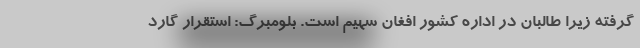
گرفته زیرا طالبان در اداره کشور افغان سهیم است. بلومبرگ: استقرار گارد